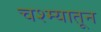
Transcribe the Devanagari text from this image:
चश्म्यातून